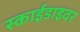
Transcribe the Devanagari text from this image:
स्काईडाइवर